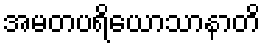
အမတပရိယောသာနာတိ